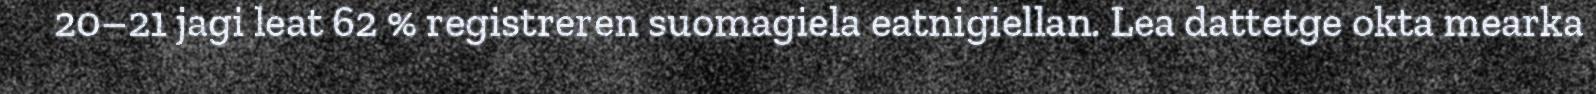
20–21 jagi leat 62 % registreren suomagiela eatnigiellan. Lea dattetge okta mearka